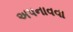
અપનાવવા